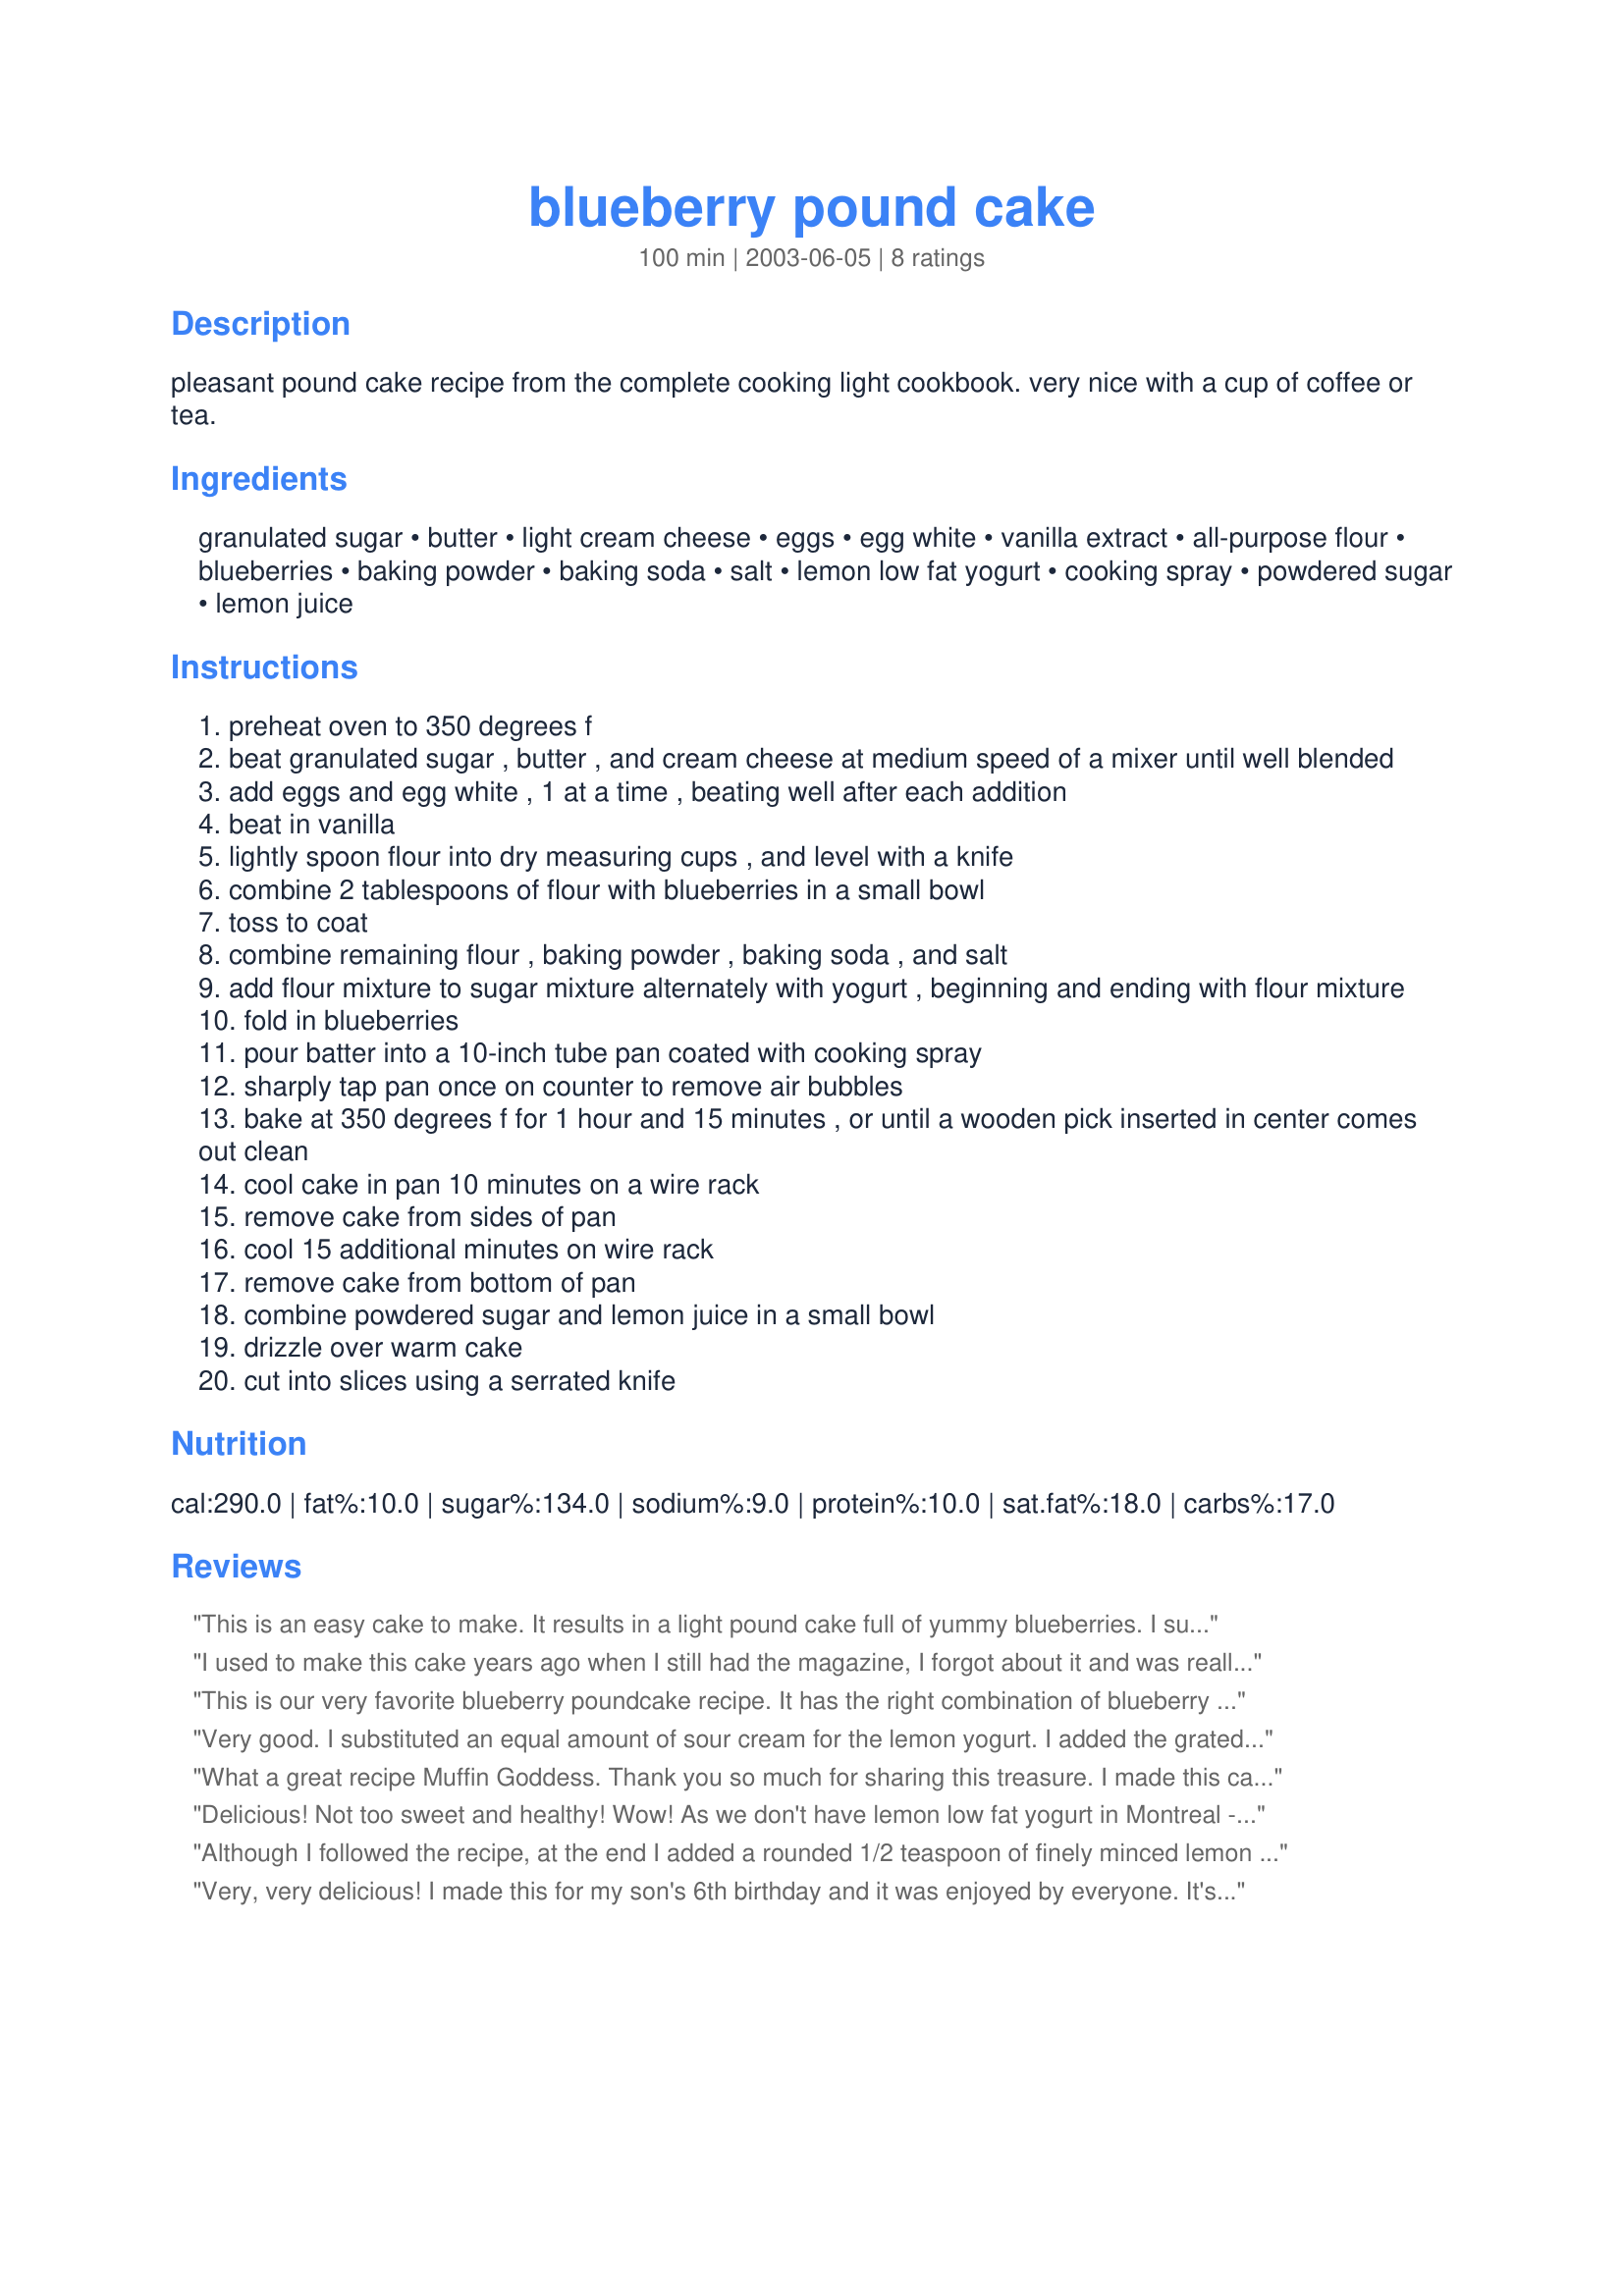
blueberry pound cake
Preparation time: 100 minutes

pleasant pound cake recipe from the complete cooking light cookbook. very nice with a cup of coffee or tea.

Ingredients:
granulated sugar, butter, light cream cheese, eggs, egg white, vanilla extract, all-purpose flour, blueberries, baking powder, baking soda, salt, lemon low fat yogurt, cooking spray, powdered sugar, lemon juice

Steps:
preheat oven to 350 degrees f
beat granulated sugar , butter , and cream cheese at medium speed of a mixer until well blended
add eggs and egg white , 1 at a time , beating well after each addition
beat in vanilla
lightly spoon flour into dry measuring cups , and level with a knife
combine 2 tablespoons of flour with blueberries in a small bowl
toss to coat
combine remaining flour , baking powder , baking soda , and salt
add flour mixture to sugar mixture alternately with yogurt , beginning and ending with flour mixture
fold in blueberries
pour batter into a 10-inch tube pan coated with cooking spray
sharply tap pan once on counter to remove air bubbles
bake at 350 degrees f for 1 hour and 15 minutes , or until a wooden pick inserted in center comes out clean
cool cake in pan 10 minutes on a wire rack
remove cake from sides of pan
cool 15 additional minutes on wire rack
remove cake from bottom of pan
combine powdered sugar and lemon juice in a small bowl
drizzle over warm cake
cut into slices using a serrated knife

Reviews:
This is an easy cake to make. It results in a light pound cake full of yummy blueberries. I subbed the lemon yogurt for lemon chiffon yogurt. Thanks for sharing your recipe Muffin Goddess.
I used to make this cake years ago when I still had the magazine, I forgot about it and was really happy that I found it again. I am 99% sure that the recipe is exactly as in the magazine, which is why I cannot figure out why my cake turned out differently than before when I made it. The dough was sort of 'gummy' before baking, but because I have made this cake with good results before I did not add any milk to make it more pliable. I was really disappointed but I know that this cake is wonderful. I will make again soon, and if my dough comes out with the same consistency I will add some more liquid and see what happens and update this review with some stars.
This is our very favorite blueberry poundcake recipe. It has the right combination of blueberry taste and lemon taste. Absolutely wonderful!!!
Very good. I substituted an equal amount of sour cream for the lemon yogurt. I added the grated rind of one lemon and a little extra lemon juice to make up for it, and it came out delicious. This isn't a very sweet cake, but is delicious with coffee or tea.
What a great recipe Muffin Goddess. Thank you so much for sharing this treasure. I made this cake for my friend &amp; neighbors birthday. It was very well received, gone very quickly. The cake was a delight, perfect texture , light and tender, the flavor is out of this world good. Beautiful crumb on this tall cake. Made exactly as written and wouldn&#039;t change a thing. Made for Name That Ingredient Tag Game.
Delicious! Not too sweet and healthy! Wow! As we don't have lemon low fat yogurt in Montreal - used plain low fat yogurt and added a lot of lemon zest and fresh lemon juice! Mmmmm :)
Although I followed the recipe, at the end I added a rounded 1/2 teaspoon of finely minced lemon zest to the glaze, since we do like that citrus flavor! Made the cake with frozen berries & we were happily satisfied, as was a neighbor couple with whom we shared it! Love the combo of blueberry & lemon! Thanks for sharing this nice keeper of a recipe! [Made & reviewed as a THANK YOU for completing the Baker's Dozen Special in this fall's round of Pick A Chef]
Very, very delicious! I made this for my son's 6th birthday and it was enjoyed by everyone. It's not heavy like a full-fat poundcake, but it still has the same great taste and texture. I decorated the top with some blueberries before drizzling on the glaze and it looked so pretty.
